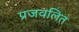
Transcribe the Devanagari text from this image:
प्रजवलित